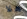
هلا